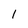
Character: 1